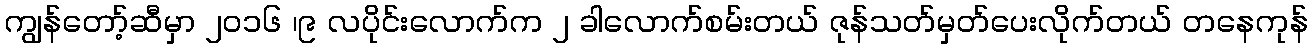
ကျွန်တော့်ဆီမှာ ၂၀၁၆ ၊၉ လပိုင်းလောက်က ၂ ခါလောက်စမ်းတယ် ဇုန်သတ်မှတ်ပေးလိုက်တယ် တနေကုန်